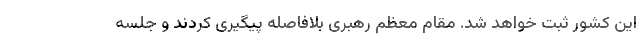
این کشور ثبت خواهد شد. مقام معظم رهبری بلافاصله پیگیری کردند و جلسه